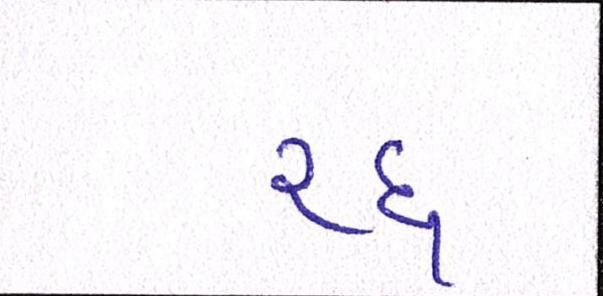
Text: રદ્